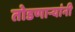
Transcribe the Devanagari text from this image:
तोडणार्‍यांनी